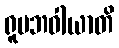
ရူပဘဝါယာတိ